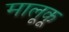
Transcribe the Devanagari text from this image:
मालूकू